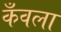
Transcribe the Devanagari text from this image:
कँवला